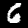
Digit: 6